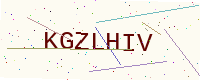
Text: KGZLHIV